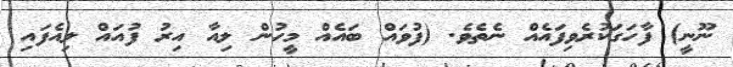
ނޫނީ) ފާހަގަކުރެވިފައެއް ނެތެވެ. (ފުވައް ބައެއް މީހުން ލިއާ އިރު ފުއައް ލިއެފައި